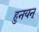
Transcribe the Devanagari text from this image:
हुनयन्